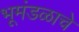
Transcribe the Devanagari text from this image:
भूमंडळाचे